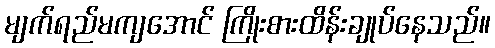
မျက်ရည်မကျအောင် ကြိုးစားထိန်းချုပ်နေသည်။